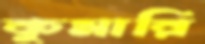
কুমারি